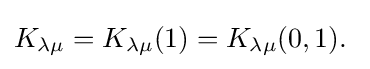
K_{\lambda \mu }=K_{\lambda \mu }(1)=K_{\lambda \mu }(0,1).\